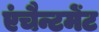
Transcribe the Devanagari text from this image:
एंचैन्टमेंट